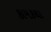
કામકથા